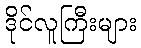
ဒိုင်လူကြီးများ